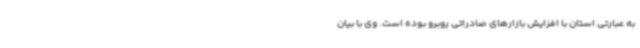
به عبارتی استان با افزایش بازارهای صادراتی روبرو بوده است. وی با بیان